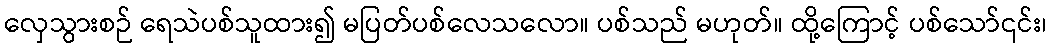
လှေသွားစဉ် ရေသဲပစ်သူထား၍ မပြတ်ပစ်လေသလော။ ပစ်သည် မဟုတ်။ ထို့ကြောင့် ပစ်သော်၎င်း၊